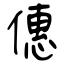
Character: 僡